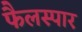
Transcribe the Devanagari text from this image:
फैलस्पार